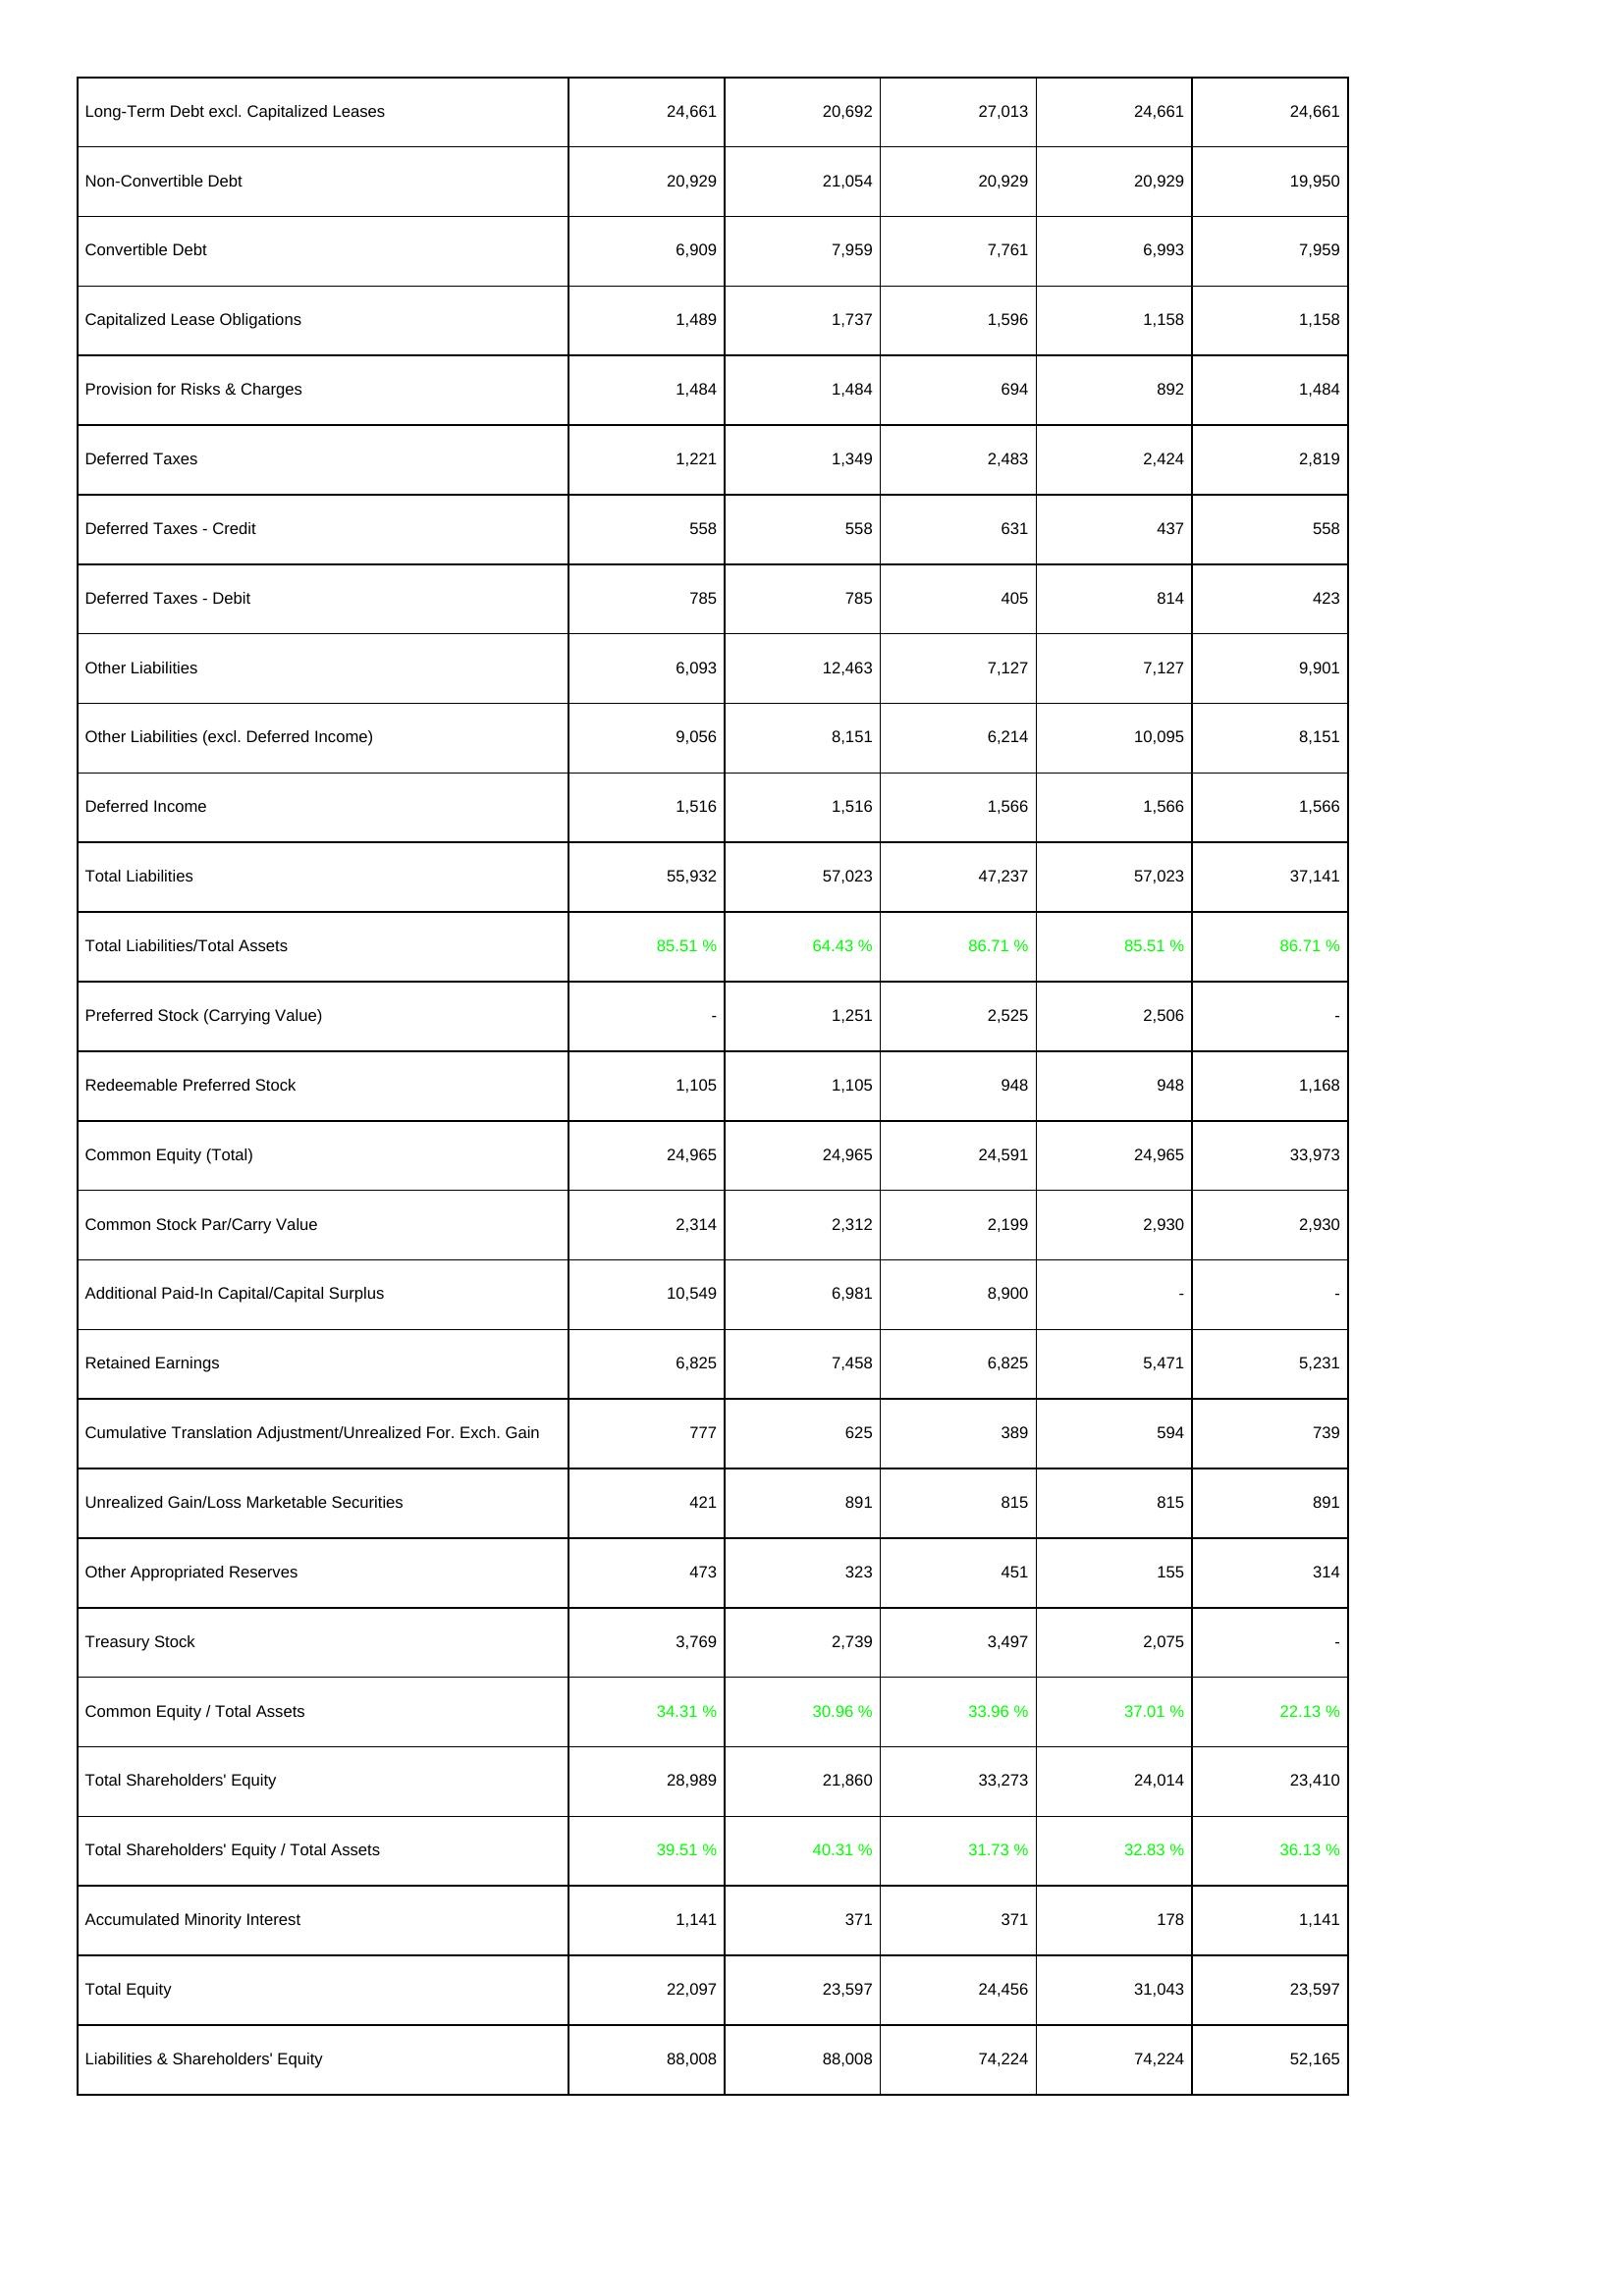
2007: Liabilities & Shareholders' Equity: Long-Term Debt excl. Capitalized Leases: 24,661
Non-Convertible Debt: 20,929
Convertible Debt: 6,909
Capitalized Lease Obligations: 1,489
Provision for Risks & Charges: 1,484
Deferred Taxes: 1,221
Deferred Taxes - Credit: 558
Deferred Taxes - Debit: 785
Other Liabilities: 6,093
Other Liabilities (excl. Deferred Income): 9,056
Deferred Income: 1,516
Total Liabilities: 55,932
Total Liabilities/Total Assets: 85.51 %
Preferred Stock (Carrying Value): -
Redeemable Preferred Stock: 1,105
Common Equity (Total): 24,965
Common Stock Par/Carry Value: 2,314
Additional Paid-In Capital/Capital Surplus: 10,549
Retained Earnings: 6,825
Cumulative Translation Adjustment/Unrealized For. Exch. Gain: 777
Unrealized Gain/Loss Marketable Securities: 421
Other Appropriated Reserves: 473
Treasury Stock: 3,769
Common Equity / Total Assets: 34.31 %
Total Shareholders' Equity: 28,989
Total Shareholders' Equity / Total Assets: 39.51 %
Accumulated Minority Interest: 1,141
Total Equity: 22,097
Liabilities & Shareholders' Equity: 88,008
2008: Liabilities & Shareholders' Equity: Long-Term Debt excl. Capitalized Leases: 20,692
Non-Convertible Debt: 21,054
Convertible Debt: 7,959
Capitalized Lease Obligations: 1,737
Provision for Risks & Charges: 1,484
Deferred Taxes: 1,349
Deferred Taxes - Credit: 558
Deferred Taxes - Debit: 785
Other Liabilities: 12,463
Other Liabilities (excl. Deferred Income): 8,151
Deferred Income: 1,516
Total Liabilities: 57,023
Total Liabilities/Total Assets: 64.43 %
Preferred Stock (Carrying Value): 1,251
Redeemable Preferred Stock: 1,105
Common Equity (Total): 24,965
Common Stock Par/Carry Value: 2,312
Additional Paid-In Capital/Capital Surplus: 6,981
Retained Earnings: 7,458
Cumulative Translation Adjustment/Unrealized For. Exch. Gain: 625
Unrealized Gain/Loss Marketable Securities: 891
Other Appropriated Reserves: 323
Treasury Stock: 2,739
Common Equity / Total Assets: 30.96 %
Total Shareholders' Equity: 21,860
Total Shareholders' Equity / Total Assets: 40.31 %
Accumulated Minority Interest: 371
Total Equity: 23,597
Liabilities & Shareholders' Equity: 88,008
2009: Liabilities & Shareholders' Equity: Long-Term Debt excl. Capitalized Leases: 27,013
Non-Convertible Debt: 20,929
Convertible Debt: 7,761
Capitalized Lease Obligations: 1,596
Provision for Risks & Charges: 694
Deferred Taxes: 2,483
Deferred Taxes - Credit: 631
Deferred Taxes - Debit: 405
Other Liabilities: 7,127
Other Liabilities (excl. Deferred Income): 6,214
Deferred Income: 1,566
Total Liabilities: 47,237
Total Liabilities/Total Assets: 86.71 %
Preferred Stock (Carrying Value): 2,525
Redeemable Preferred Stock: 948
Common Equity (Total): 24,591
Common Stock Par/Carry Value: 2,199
Additional Paid-In Capital/Capital Surplus: 8,900
Retained Earnings: 6,825
Cumulative Translation Adjustment/Unrealized For. Exch. Gain: 389
Unrealized Gain/Loss Marketable Securities: 815
Other Appropriated Reserves: 451
Treasury Stock: 3,497
Common Equity / Total Assets: 33.96 %
Total Shareholders' Equity: 33,273
Total Shareholders' Equity / Total Assets: 31.73 %
Accumulated Minority Interest: 371
Total Equity: 24,456
Liabilities & Shareholders' Equity: 74,224
2010: Liabilities & Shareholders' Equity: Long-Term Debt excl. Capitalized Leases: 24,661
Non-Convertible Debt: 20,929
Convertible Debt: 6,993
Capitalized Lease Obligations: 1,158
Provision for Risks & Charges: 892
Deferred Taxes: 2,424
Deferred Taxes - Credit: 437
Deferred Taxes - Debit: 814
Other Liabilities: 7,127
Other Liabilities (excl. Deferred Income): 10,095
Deferred Income: 1,566
Total Liabilities: 57,023
Total Liabilities/Total Assets: 85.51 %
Preferred Stock (Carrying Value): 2,506
Redeemable Preferred Stock: 948
Common Equity (Total): 24,965
Common Stock Par/Carry Value: 2,930
Additional Paid-In Capital/Capital Surplus: -
Retained Earnings: 5,471
Cumulative Translation Adjustment/Unrealized For. Exch. Gain: 594
Unrealized Gain/Loss Marketable Securities: 815
Other Appropriated Reserves: 155
Treasury Stock: 2,075
Common Equity / Total Assets: 37.01 %
Total Shareholders' Equity: 24,014
Total Shareholders' Equity / Total Assets: 32.83 %
Accumulated Minority Interest: 178
Total Equity: 31,043
Liabilities & Shareholders' Equity: 74,224
2011: Liabilities & Shareholders' Equity: Long-Term Debt excl. Capitalized Leases: 24,661
Non-Convertible Debt: 19,950
Convertible Debt: 7,959
Capitalized Lease Obligations: 1,158
Provision for Risks & Charges: 1,484
Deferred Taxes: 2,819
Deferred Taxes - Credit: 558
Deferred Taxes - Debit: 423
Other Liabilities: 9,901
Other Liabilities (excl. Deferred Income): 8,151
Deferred Income: 1,566
Total Liabilities: 37,141
Total Liabilities/Total Assets: 86.71 %
Preferred Stock (Carrying Value): -
Redeemable Preferred Stock: 1,168
Common Equity (Total): 33,973
Common Stock Par/Carry Value: 2,930
Additional Paid-In Capital/Capital Surplus: -
Retained Earnings: 5,231
Cumulative Translation Adjustment/Unrealized For. Exch. Gain: 739
Unrealized Gain/Loss Marketable Securities: 891
Other Appropriated Reserves: 314
Treasury Stock: -
Common Equity / Total Assets: 22.13 %
Total Shareholders' Equity: 23,410
Total Shareholders' Equity / Total Assets: 36.13 %
Accumulated Minority Interest: 1,141
Total Equity: 23,597
Liabilities & Shareholders' Equity: 52,165